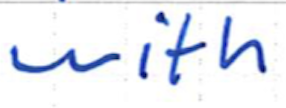
Text: with
Cross-out: clean
Writing tool: ballpoint